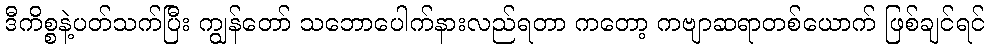
ဒီကိစ္စနဲ့ပတ်သက်ပြီး ကျွန်တော် သဘောပေါက်နားလည်ရတာ ကတော့ ကဗျာဆရာတစ်ယောက် ဖြစ်ချင်ရင်